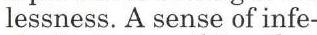
lessness. A sense of infe-